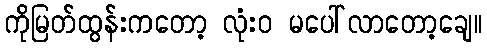
ကိုမြတ်ထွန်းကတော့ လုံးဝ မပေါ်လာတော့ချေ။